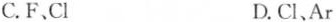
C.F、Cl D.Cl、Ar